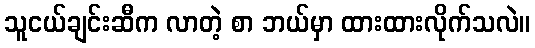
သူငယ်ချင်းဆီက လာတဲ့ စာ ဘယ်မှာ ထားထားလိုက်သလဲ။